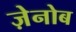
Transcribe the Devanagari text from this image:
ज़ेनोब